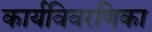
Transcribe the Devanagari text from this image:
कार्यविवरणिका